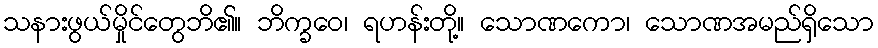
သနားဖွယ်မှိုင်တွေဘိ၏။ ဘိက္ခဝေ၊ ရဟန်းတို့။ သောဏကော၊ သောဏအမည်ရှိသော